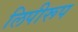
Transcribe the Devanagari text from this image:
लिपीरूप